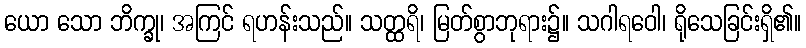
ယော သော ဘိက္ခု၊ အကြင် ရဟန်းသည်။ သတ္ထရိ၊ မြတ်စွာဘုရား၌။ သဂါရဝေါ၊ ရိုသေခြင်းရှိ၏။